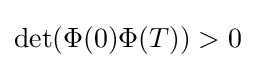
\det(\Phi (0)\Phi (T))>0